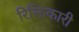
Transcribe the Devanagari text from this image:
रिक्तिकारी